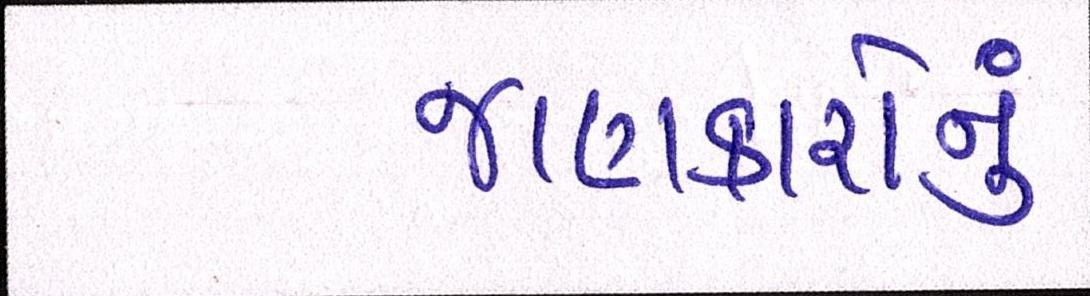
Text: જાણકારોનું